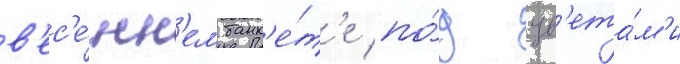
в'ес'е́нн'ем банк'е́т'е по́д цв'ета́м'и